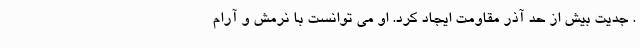
. جدیت بیش از حد آذر مقاومت ایجاد کرد. او می توانست با نرمش و آرام